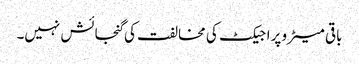
باقی میٹرو پراجیکٹ کی مخالفت کی گنجائش نہیں۔